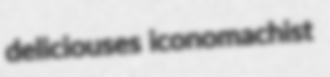
deliciouses iconomachist